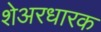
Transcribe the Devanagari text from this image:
शेअरधारक